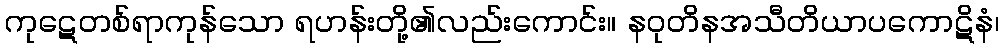
ကုဋေတစ်ရာကုန်သော ရဟန်းတို့၏လည်းကောင်း။ နဝုတိနအသီတိယာပကောဋိနံ၊